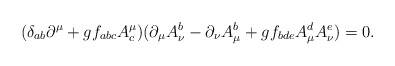
\begin{align*}(\delta_{ab}\partial^\mu+gf_{abc}A^\mu_c)(\partial_\mu A_\nu^b-\partial_\nu A_\mu^b+gf_{bde}A_\mu^d A_\nu^e)=0. \end{align*}